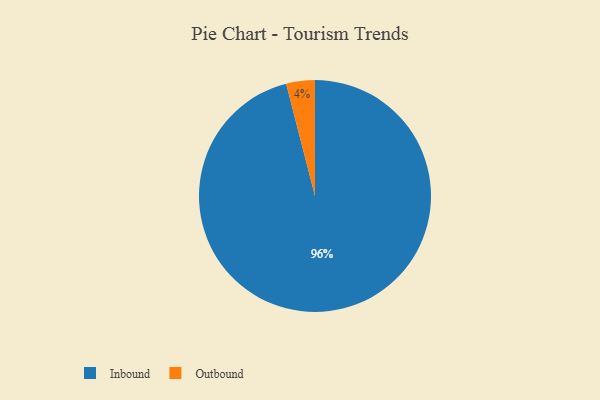
{"axis": {"x": "Category", "y": "Percentage"}, "legend": ["Inbound", "Outbound"], "data": [{"x": "Outbound", "y": 4, "type": "Outbound"}, {"x": "Inbound", "y": 96, "type": "Inbound"}]}